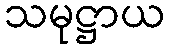
သမုဋ္ဌာယ